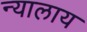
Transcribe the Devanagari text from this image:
न्यालाय